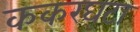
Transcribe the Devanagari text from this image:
ककरघटा